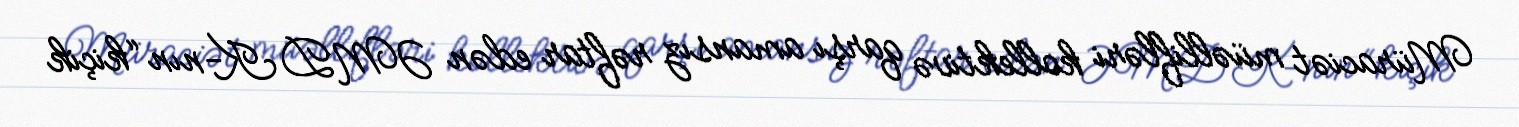
Müraciət müəllifləri kollektivə qarşı amansız rəftar edən ƏMDK-nın “kiçik